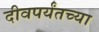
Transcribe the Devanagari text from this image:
दीवपर्यंतच्या